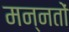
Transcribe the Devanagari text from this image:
मन्नतों